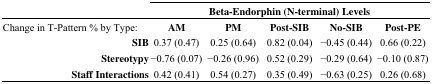
<table><thead><tr><td></td><td colspan="5"><b>Beta-Endorphin (N-terminal) Levels</b></td></tr><tr><td><b>Change in T-Pattern % by Type:</b></td><td><b>AM</b></td><td><b>PM</b></td><td><b>Post-SIB</b></td><td><b>No-SIB</b></td><td><b>Post-PE</b></td></tr></thead><tbody><tr><td><b>SIB</b></td><td>0.37 (0.47)</td><td>0.25 (0.64)</td><td>0.82 (0.04)</td><td>−0.45 (0.44)</td><td>0.66 (0.22)</td></tr><tr><td><b>Stereotypy</b></td><td>−0.76 (0.07)</td><td>−0.26 (0.96)</td><td>0.52 (0.29)</td><td>−0.29 (0.64)</td><td>−0.10 (0.87)</td></tr><tr><td><b>Staff Interactions</b></td><td>0.42 (0.41)</td><td>0.54 (0.27)</td><td>0.35 (0.49)</td><td>−0.63 (0.25)</td><td>0.26 (0.68)</td></tr></tbody></table>